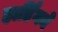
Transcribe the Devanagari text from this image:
हार्डिंगने